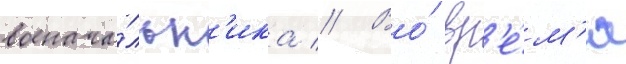
военача́льн'ика // Во́ вр'е́м'я